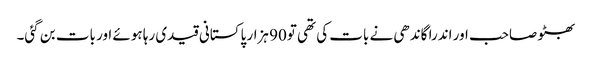
بھٹو صاحب اور اندرا گاندھی نے بات کی تھی تو90 ہزار پاکستانی قیدی رہا ہوئے اور بات بن گئی۔